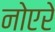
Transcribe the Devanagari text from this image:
नोएरे